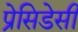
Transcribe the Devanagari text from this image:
प्रेसिडेसी